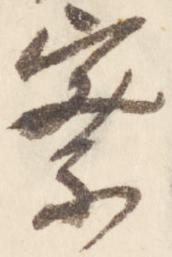
察